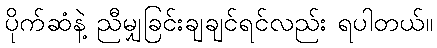
ပိုက်ဆံနဲ့ ညီမျှခြင်းချချင်ရင်လည်း ရပါတယ်။